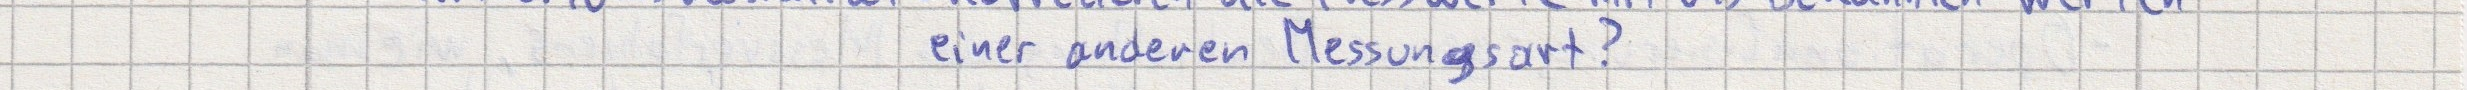
einer anderen Messungsart?